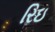
રિઇ